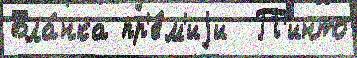
Бла́нка пр'е́м'иjи  П'инто